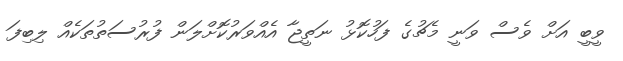
ވީބީ އަށް ވެސް ވަނީ މެޗުގެ ފަހުކޮޅު ނަތީޖާ އެއްވަރުކޮށްލަން ފުރުސަތުތަކެއް ލިބިފަ